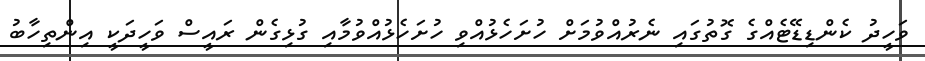
ވަހީދު ކެންޑިޑޭޓެއްގެ ގޮތުގައި ނެރުއްވުމަށް ހުށަހެޅުއްވި ހުށަހެޅުއްވުމާއި ގުޅިގެން ރައީސް ވަހީދަކީ އިންތިހާބު